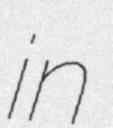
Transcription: in